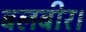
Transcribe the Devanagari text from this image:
बलबीर।